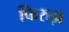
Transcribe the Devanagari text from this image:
फिरुझ